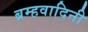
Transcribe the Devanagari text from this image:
ब्रम्हवादिनी